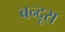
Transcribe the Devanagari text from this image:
बन्दूरा